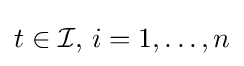
t\in {\mathcal {I}},\,i=1,\ldots ,n